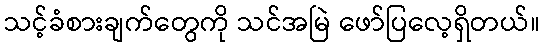
သင့်ခံစားချက်တွေကို သင်အမြဲ ဖော်ပြလေ့ရှိတယ်။